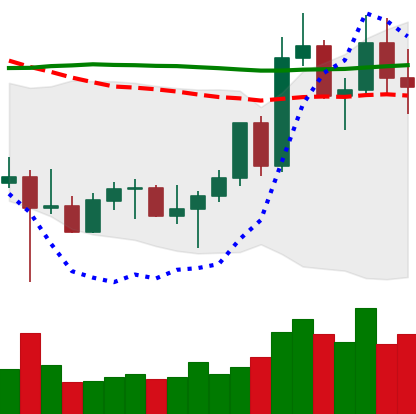
Ticker: LTC-USD
Chart end date: 2022-10-31
Forward return: 26.572%
Label: up_7plus